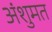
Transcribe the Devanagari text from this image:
अंशुमत